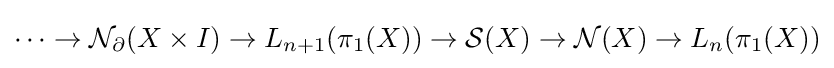
\cdots \to {\mathcal {N}}_{\partial }(X\times I)\to L_{n+1}(\pi _{1}(X))\to {\mathcal {S}}(X)\to {\mathcal {N}}(X)\to L_{n}(\pi _{1}(X))